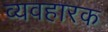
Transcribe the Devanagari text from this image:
व्यवहारक